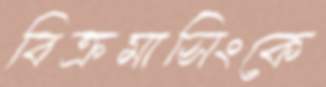
বিক্রমাসিংকে